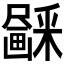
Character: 𱱃